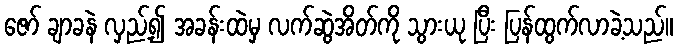
ဇော် ချာခနဲ လှည့်၍ အခန်းထဲမှ လက်ဆွဲအိတ်ကို သွားယု ပြီး ပြန်ထွက်လာခဲ့သည်။